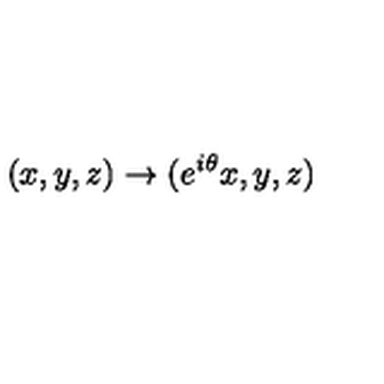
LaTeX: ( x , y , z ) \to ( e ^ { i \theta } x , y , z )